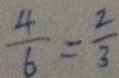
\frac { 4 } { 6 } = \frac { 2 } { 3 }